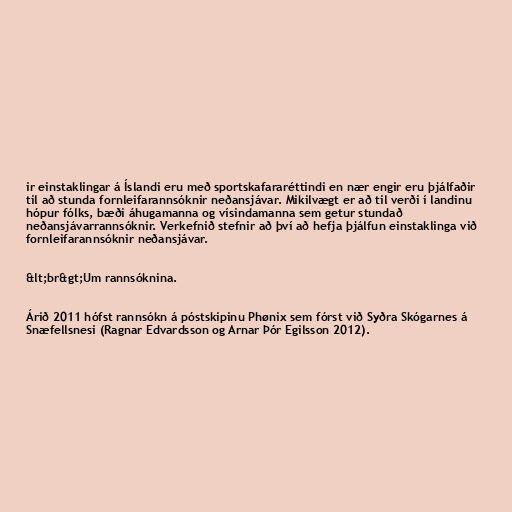
ir einstaklingar á Íslandi eru með sportskafararéttindi en nær engir eru þjálfaðir
til að stunda fornleifarannsóknir neðansjávar. Mikilvægt er að til verði í landinu
hópur fólks, bæði áhugamanna og vísindamanna sem getur stundað
neðansjávarrannsóknir. Verkefnið stefnir að því að hefja þjálfun einstaklinga við
fornleifarannsóknir neðansjávar.

&lt;br&gt;Um rannsóknina.

Árið 2011 hófst rannsókn á póstskipinu Phønix sem fórst við Syðra Skógarnes á
Snæfellsnesi (Ragnar Edvardsson og Arnar Þór Egilsson 2012).